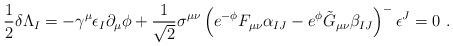
LaTeX: \begin{align*}\frac{1}{2}\delta \Lambda_I = - \gamma^\mu\epsilon_I \partial_\mu\phi + \frac{1}{\sqrt 2} \sigma^{\mu\nu}\left(e^{-\phi}F_{\mu\nu} \alpha_{IJ} -e^\phi \tilde G_{\mu\nu}\beta_{IJ}\right)^-\epsilon^J = 0\ .\end{align*}